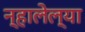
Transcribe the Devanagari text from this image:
न्हालेल्या